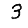
Digit: 3